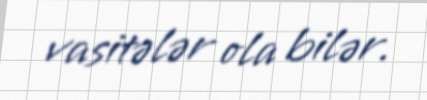
vasitələr ola bilər.